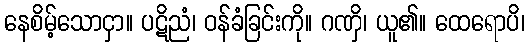
နေစိမ့်သောငှာ။ ပဋိညံ၊ ဝန်ခံခြင်းကို။ ဂဏှိ၊ ယူ၏။ ထေရောပိ၊